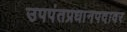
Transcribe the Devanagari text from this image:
उपपंतप्रधानपदावर